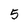
Character: 5